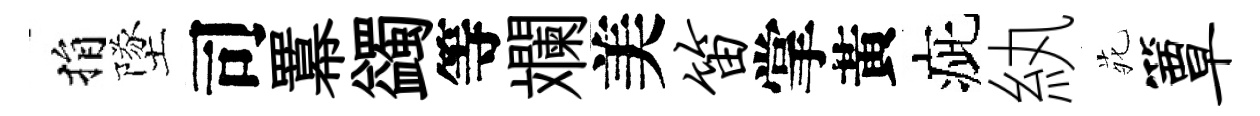
捐墜司羃蠲等斕美笛掌黃疵紈𫟍簟